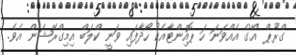
ގްރޫޕް 'އޭ'ގެ އެއްވަނަ ހަ ޕޮއިންޓާއެކު ހޯދާފައި ވަނީ ކްލަބް އިމިގްރޭޝަން އެވެ.